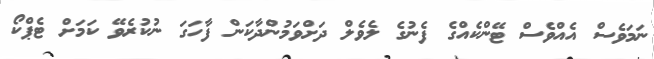
ނަމަވެސް އެއްވެސް ޓޭންކެއްގެ ފެނުގެ ލެވެލް ދަށްވަމުންދާކަން ފާހަގަ ނުކުރެވޭ ކަމަށް ޓެޕްކޯ